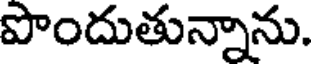
పొందుతున్నాను.